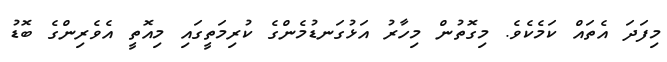
މިފަދަ އެތައް ކަމެކެވެ. މިގޮތުން މިހާރު އަޅުގަނޑުމެންގެ ކުރިމަތީގައި މިއޮތީ އެވެރިންގެ ބޮޑު